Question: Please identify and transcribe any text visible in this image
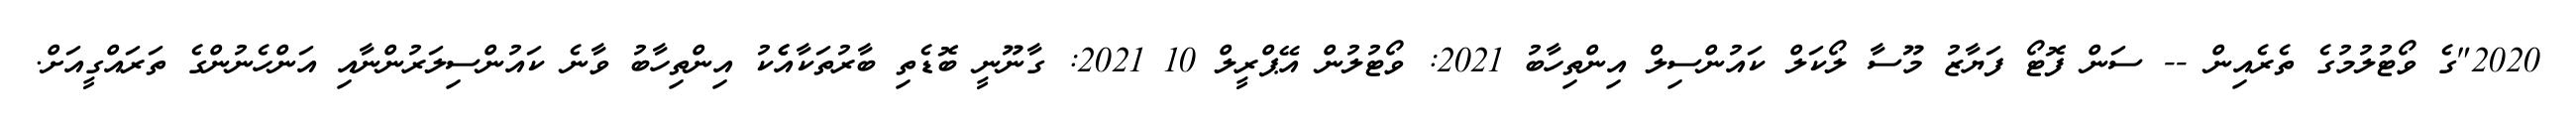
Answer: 2020"ގެ ވޯޓުލުމުގެ ތެރެއިން -- ސަން ފޮޓޯ ފަޔާޒު މޫސާ ލޯކަލް ކައުންސިލް އިންތިހާބު 2021: ވޯޓުލުން އޭޕްރީލް 10 2021: ގާނޫނީ ބޮޑެތި ބާރުތަކާއެެކު އިންތިހާބު ވާނެ ކައުންސިލަރުންނާއި އަންހެނުންގެ ތަރައްގީއަށް.